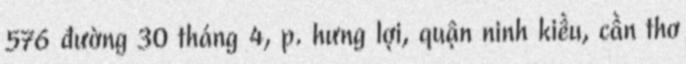
576 đường 30 tháng 4, p. hưng lợi, quận ninh kiều, cần thơ